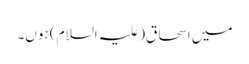
میں اسحاق(علیہ السلام) ہوں۔